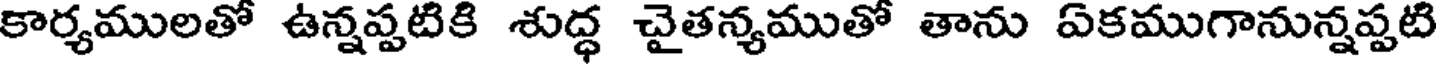
కార్యములతో ఉన్నప్పటికి శుద్ధ చైతన్యముతో తాను ఏకముగానున్నప్పటి